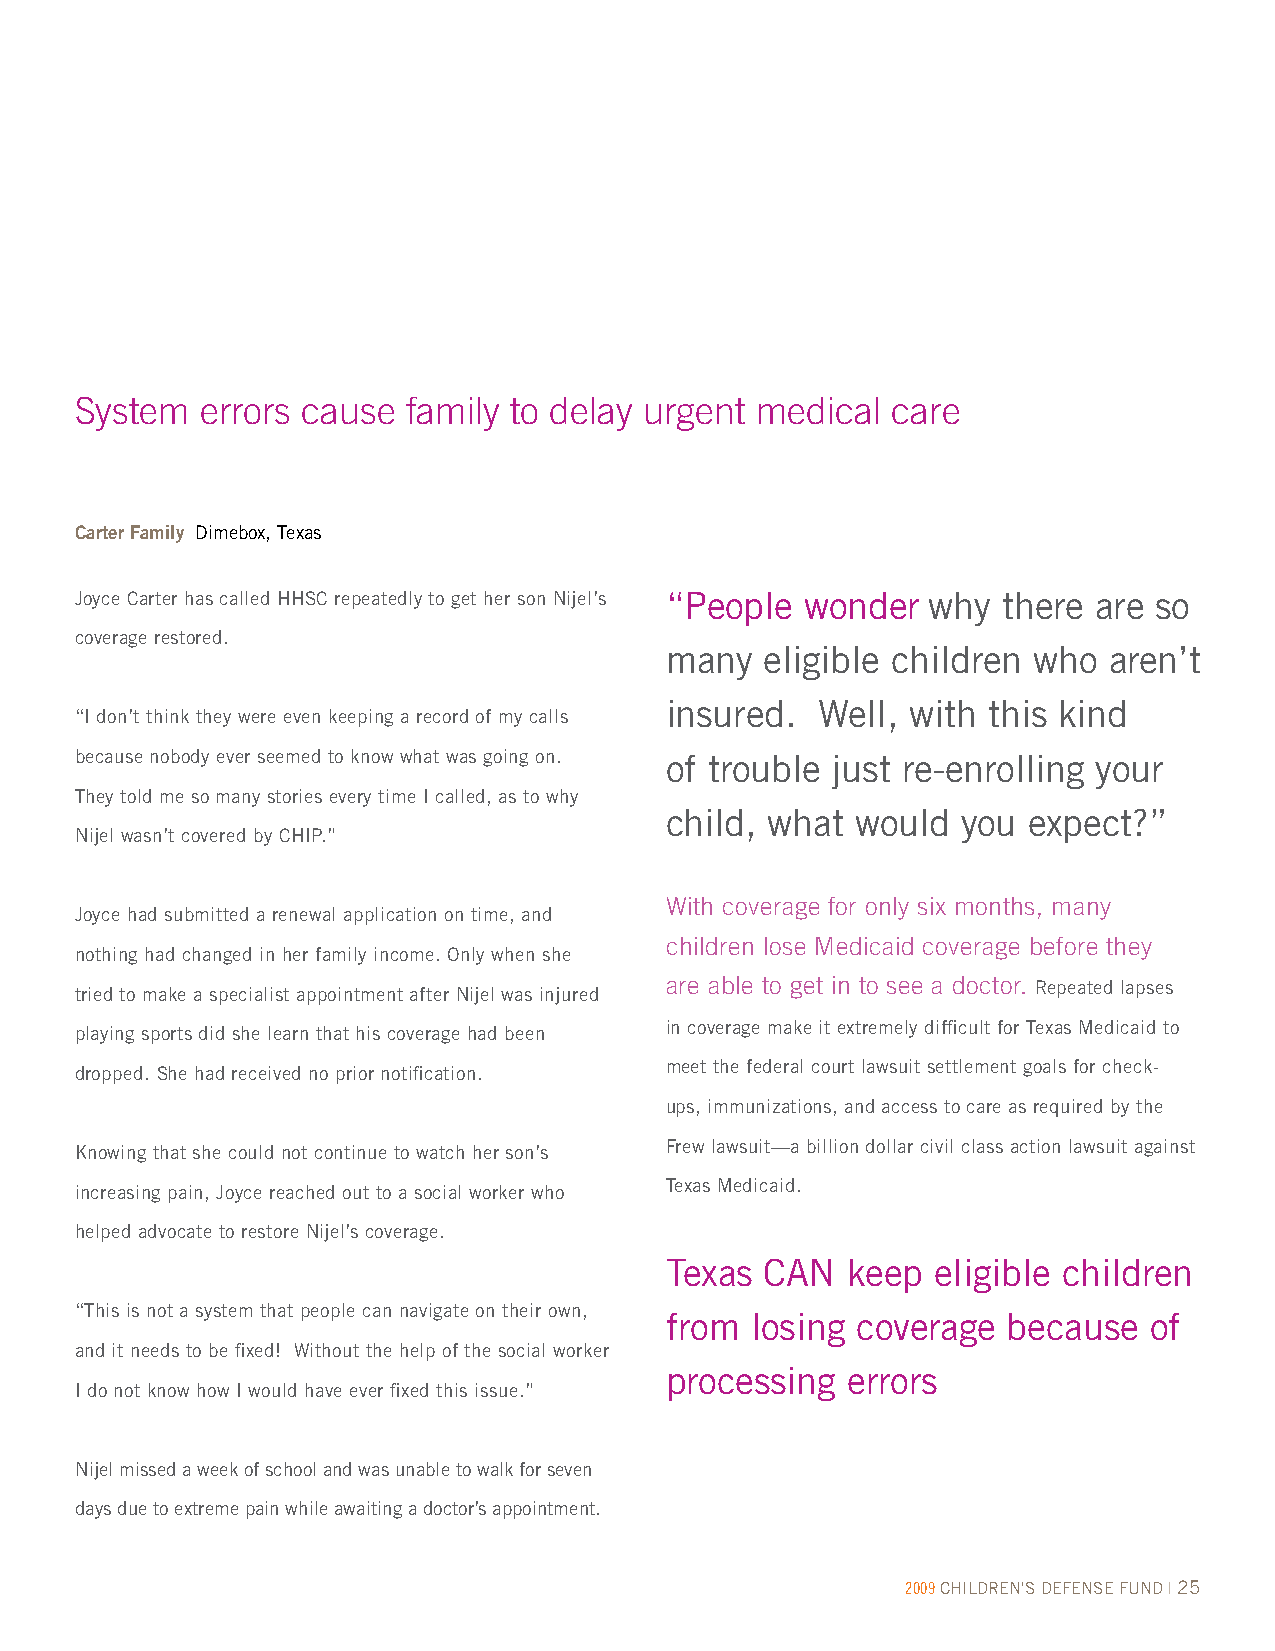
System  errors cause  family to delay urgent medical  care
 Carter Family Dimebox, Texas
 Joyce Carter has called HHSC repeatedly to get her son Nijel’s “People wonder why there are so
 coverage restored.
 many   eligible children who aren’t
 insured.  Well, with this kind
 “I don’t think they were even keeping a record of my calls
 because nobody ever seemed to know what was going on. of trouble just re-enrolling your
 They told me so many stories every time I called, as to why
 child, what  would  you expect?”
 Nijel wasn’t covered by CHIP.”
 With coverage for only six months, many
 Joyce had submitted a renewal application on time, and
 children lose Medicaid coverage before they
 nothing had changed in her family income. Only when she
 are able to get in to see a doctor. Repeated lapses
 tried to make a specialist appointment after Nijel was injured
 in coverage make it extremely difficult for Texas Medicaid to
 playing sports did she learn that his coverage had been
 meet the federal court lawsuit settlement goals for check-
 dropped. She had received no prior notification.
 ups, immunizations, and access to care as required by the
 Frew lawsuit—a billion dollar civil class action lawsuit against
 Knowing that she could not continue to watch her son’s
 Texas Medicaid.
 increasing pain, Joyce reached out to a social worker who
 helped advocate to restore Nijel’s coverage.
 Texas  CAN  keep  eligible children
 “This is not a system that people can navigate on their own,
 from  losing coverage  because  of
 and it needs to be fixed! Without the help of the social worker
 processing  errors
 I do not know how I would have ever fixed this issue.”
 Nijel missed a week of school and was unable to walk for seven
 days due to extreme pain while awaiting a doctor’s appointment.
 2009 CHILDREN'S DEFENSE FUND | 25